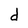
Character: d